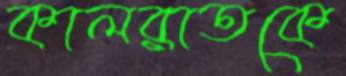
কালরাতকে